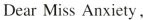
Dear Miss Anxiety，